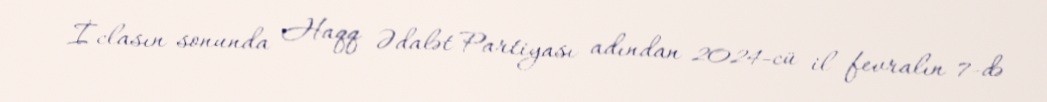
İclasın sonunda Haqq Ədalət Partiyası adından 2024-cü il fevralın 7-də